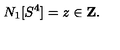
N _ { 1 } [ S ^ { 4 } ] = z \in \mathrm { \bf Z } .